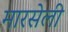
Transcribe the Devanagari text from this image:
मारसेली